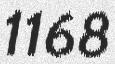
1168